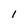
Character: l